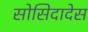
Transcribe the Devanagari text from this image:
सोसिदादेस